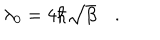
LaTeX: \lambda _ { 0 } = 4 \hbar \sqrt { \beta } \quad .